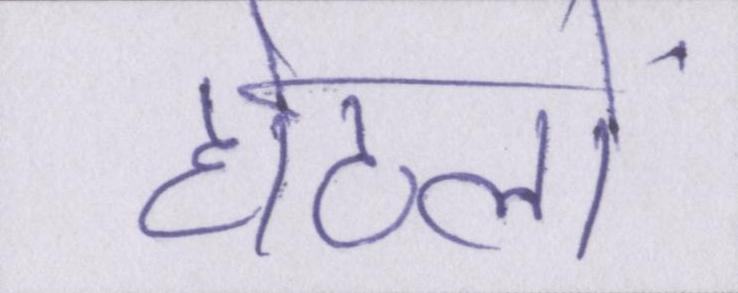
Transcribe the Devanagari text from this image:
होटलों